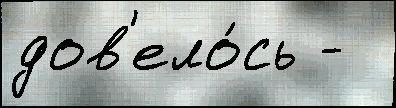
дов'ело́сь -